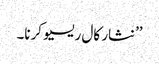
’’نثار کال ریسیو کرنا۔